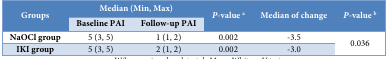
| <ROWSPAN=2> Groups | <COLSPAN=2> Median (Min, Max) | <ROWSPAN=2> P-value a | <ROWSPAN=2> Median of change | <ROWSPAN=2> P-value b |
 | Baseline PAI | Follow-up PAI |
 | --- | --- | --- | --- | --- | --- |
 | NaOCl group | 5 (3, 5) | 1 (1, 2) | 0.002 | -3.5 | <ROWSPAN=2> 0.036 |
 | IKI group | 5 (3, 5) | 2 (1, 2) | 0.002 | -3.0 |